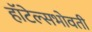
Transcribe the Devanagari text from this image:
हॉटेल्सभोवती